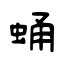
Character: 蛹